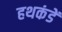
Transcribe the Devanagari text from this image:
हथकंडें